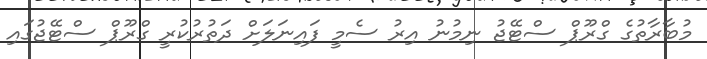
މުބާރާތުގެ ގްރޫޕް ސްޓޭޖު ނިމުނު އިރު ސެމީ ފައިނަލަށް ދަތުރުކުރީ ގްރޫޕް ސްޓޭޖުގައި